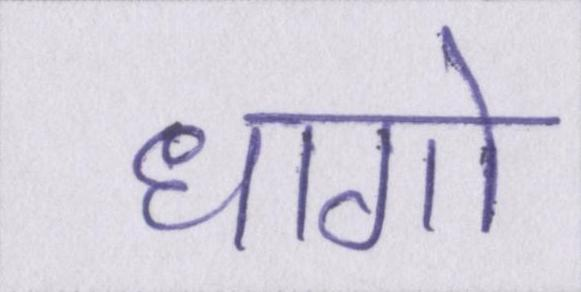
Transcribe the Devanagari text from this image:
धागो